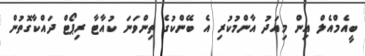
ބީއެމްއެލް އިން މިއަދު އާންމުކުރި އެ ބޭންކުގެ ތިންވަނަ ކުއާޓާ ރިޕޯޓް ދައްކާގޮތުން